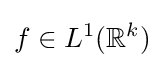
f\in L^{1}(\mathbb {R} ^{k})